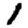
Digit: 1